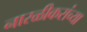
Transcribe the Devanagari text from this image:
नारळीकरांच्या